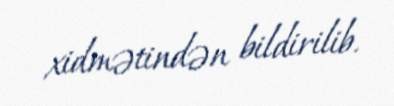
xidmətindən bildirilib.